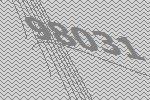
98031